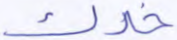
خدك